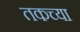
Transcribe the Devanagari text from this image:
तकच्या